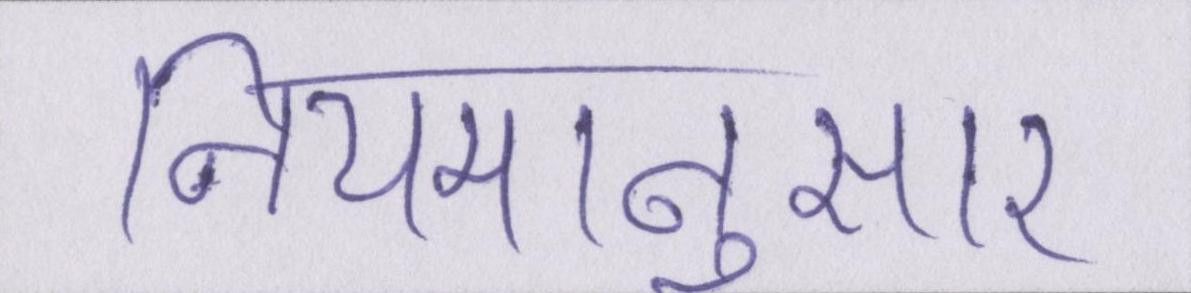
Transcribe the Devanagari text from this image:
नियमानुसार